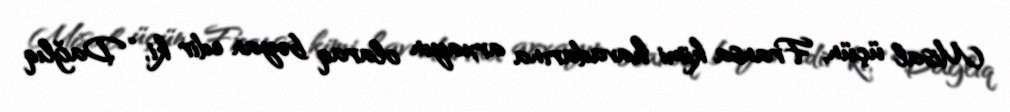
Misal üçün, Fransa kimi havadarına arxayın olaraq bəyan edir ki, “Dağlıq